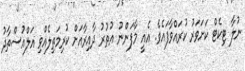
ނުލާ ޓިކެޓް ކަށަވަރު ކުރައްވާފައެވެ. އެއީ މާފަންނު އުތުރު ދާއިރާއަށް ކުރިމަތިލެއްވި އަލްއުސްތާޛު